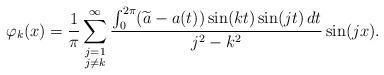
LaTeX: \begin{align*}\varphi_k(x)=\frac1\pi\sum_{\substack{j=1\\j\neq k}}^\infty\frac{\int_0^{2\pi}(\widetilde a-a(t) )\sin (kt)\sin (jt)\,dt}{j^{2}-k^{2}}\sin (jx).\end{align*}